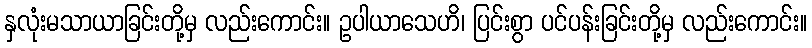
နှလုံးမသာယာခြင်းတို့မှ လည်းကောင်း။ ဥပါယာသေဟိ၊ ပြင်းစွာ ပင်ပန်းခြင်းတို့မှ လည်းကောင်း။